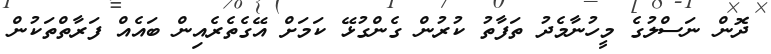
ދޮން ނަސްލުގެ މީހުނާމެދު ތަފާތު ކުރުން ގެންގުޅޭ ކަމަށް އޭގެތެރެއިން ބައެއް ފަރާތްތަކުން